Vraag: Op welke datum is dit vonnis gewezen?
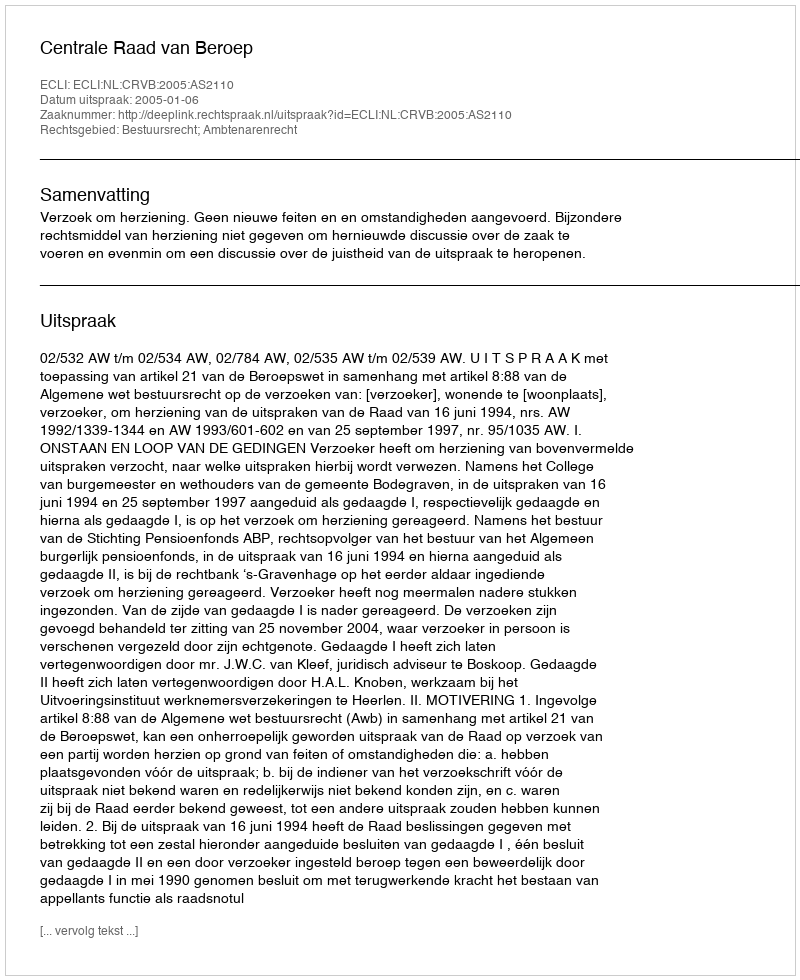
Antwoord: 2005-01-06